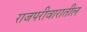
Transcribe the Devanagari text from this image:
राजपरीवारातील